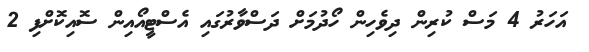
އަހަރު 4 މަސް ކުރިން ދިވެހިން ހޯދުމަށް ދަސްވާރުގައި އެސްޓީއޯއިން ސޮއިކޮށްފި 2